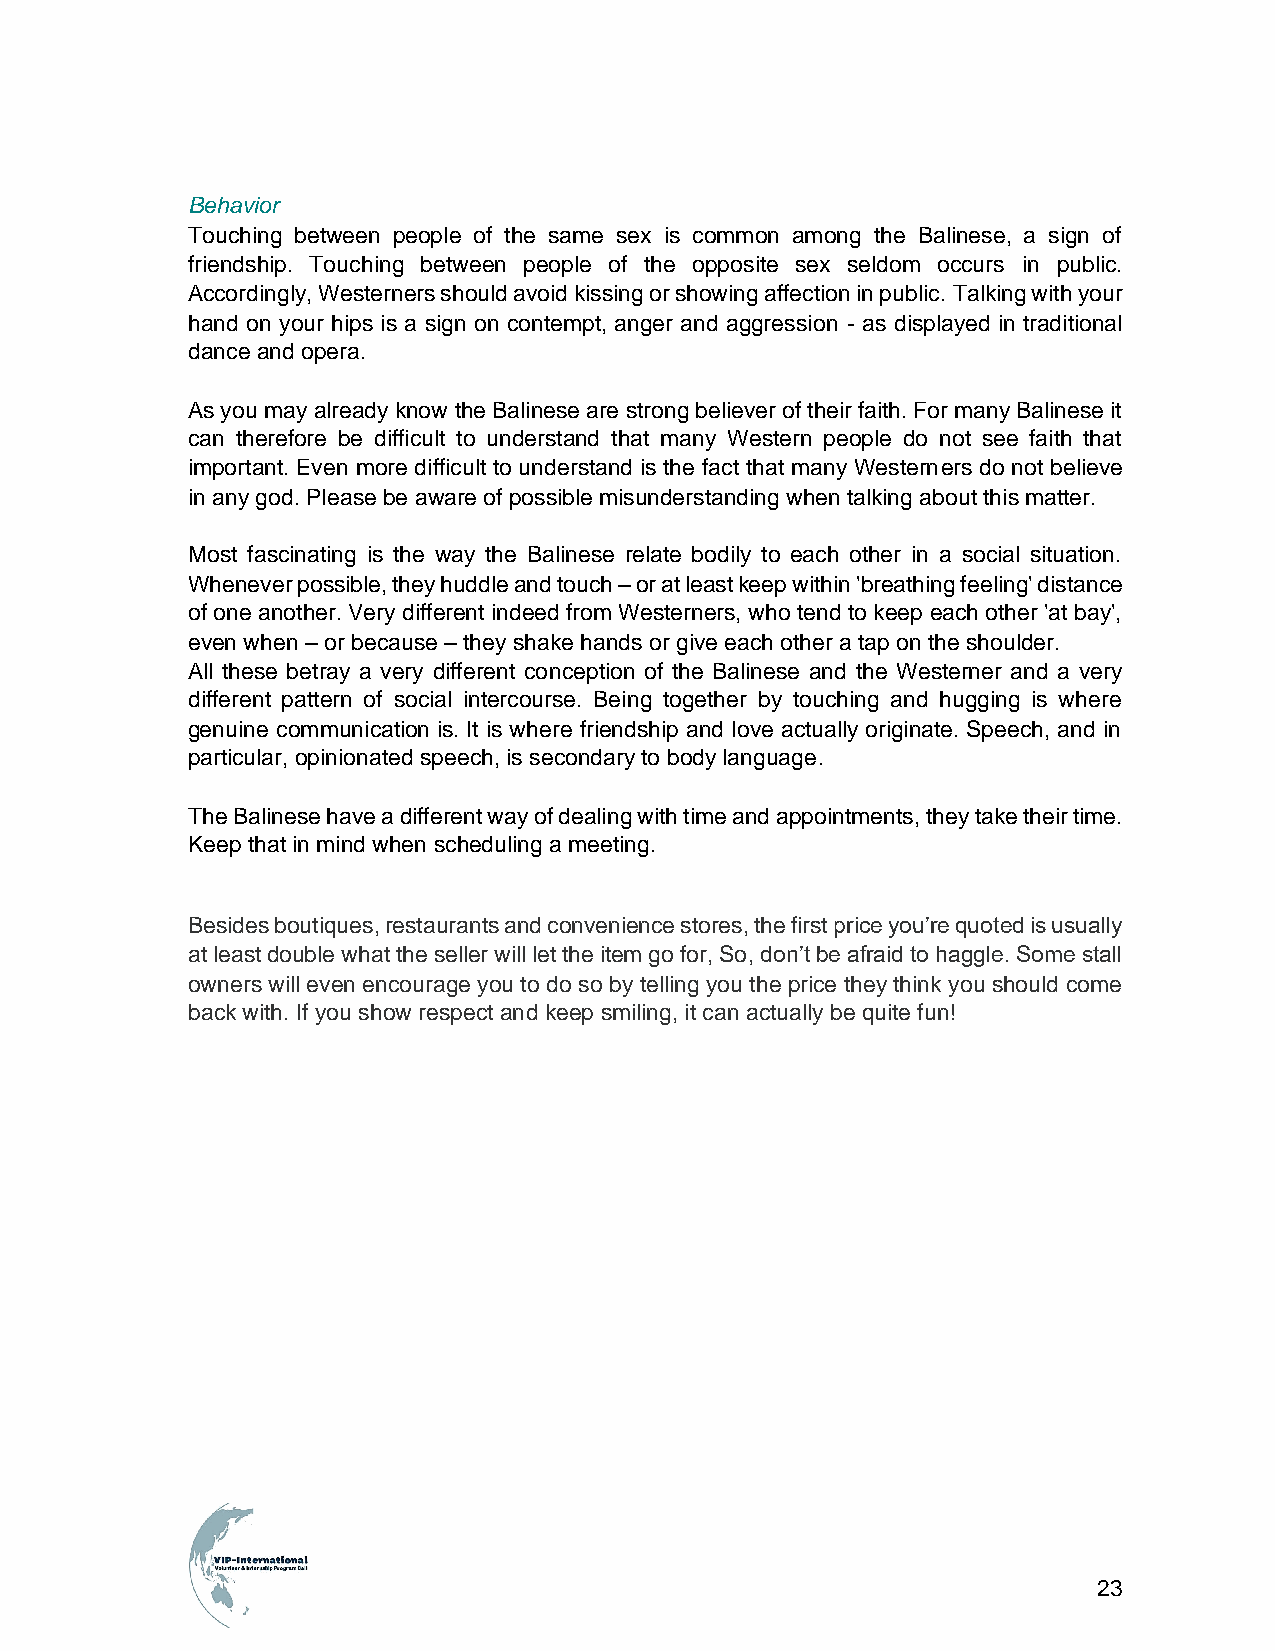
Behavior
 Touching between people of the same sex is common among the Balinese, a sign of
 friendship. Touching between people of the opposite sex seldom occurs in public.
 Accordingly, Westerners should avoid kissing or showing affection in public. Talking with your
 hand on your hips is a sign on contempt, anger and aggression - as displayed in traditional
 dance and opera.
 As you may already know the Balinese are strong believer of their faith. For many Balinese it
 can therefore be difficult to understand that many Western people do not see faith that
 important. Even more difficult to understand is the fact that many Westerners do not believe
 in any god. Please be aware of possible misunderstanding when talking about this matter.
 Most fascinating is the way the Balinese relate bodily to each other in a social situation.
 Whenever possible, they huddle and touch – or at least keep within 'breathing feeling' distance
 of one another. Very different indeed from Westerners, who tend to keep each other 'at bay',
 even when – or because – they shake hands or give each other a tap on the shoulder.
 All these betray a very different conception of the Balinese and the Westerner and a very
 different pattern of social intercourse. Being together by touching and hugging is where
 genuine communication is. It is where friendship and love actually originate. Speech, and in
 particular, opinionated speech, is secondary to body language.
 The Balinese have a different way of dealing with time and appointments, they take their time.
 Keep that in mind when scheduling a meeting.
 Besides boutiques, restaurants and convenience stores, the first price you’re quoted is usually
 at least double what the seller will let the item go for, So, don’t be afraid to haggle. Some stall
 owners will even encourage you to do so by telling you the price they think you should come
 back with. If you show respect and keep smiling, it can actually be quite fun!
 23